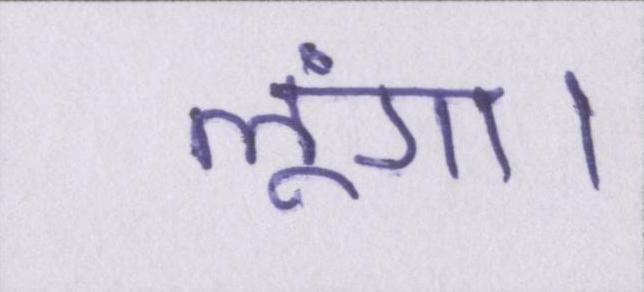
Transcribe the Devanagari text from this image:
लूंगा।